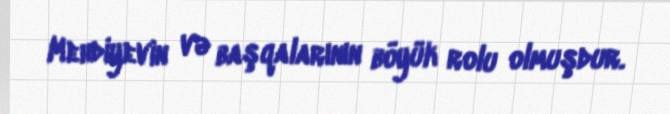
Mehdiyevin və başqalarının böyük rolu olmuşdur.